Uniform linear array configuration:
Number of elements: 4
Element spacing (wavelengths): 1
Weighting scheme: exponential
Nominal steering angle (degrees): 45
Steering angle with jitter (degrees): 46.189
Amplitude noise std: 0.05
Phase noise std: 0.05

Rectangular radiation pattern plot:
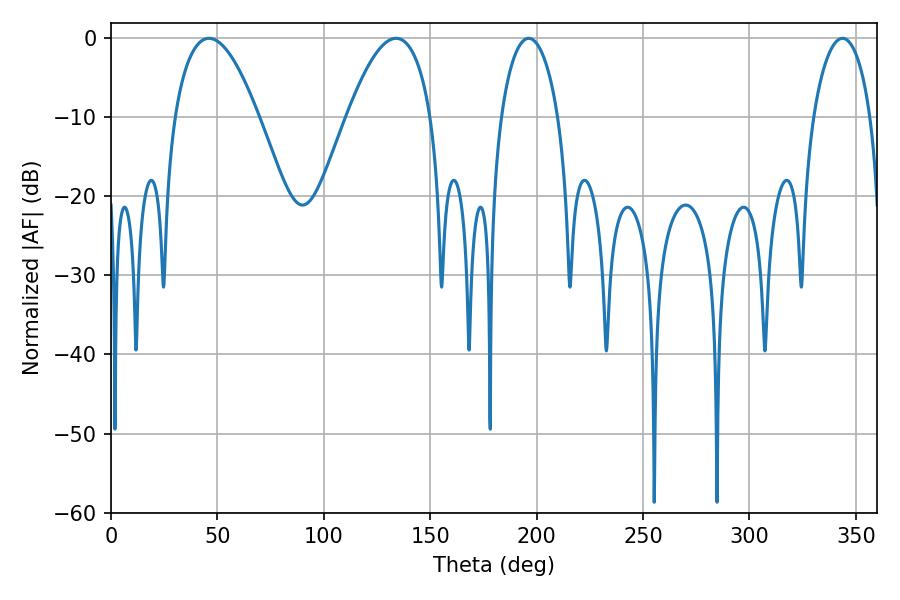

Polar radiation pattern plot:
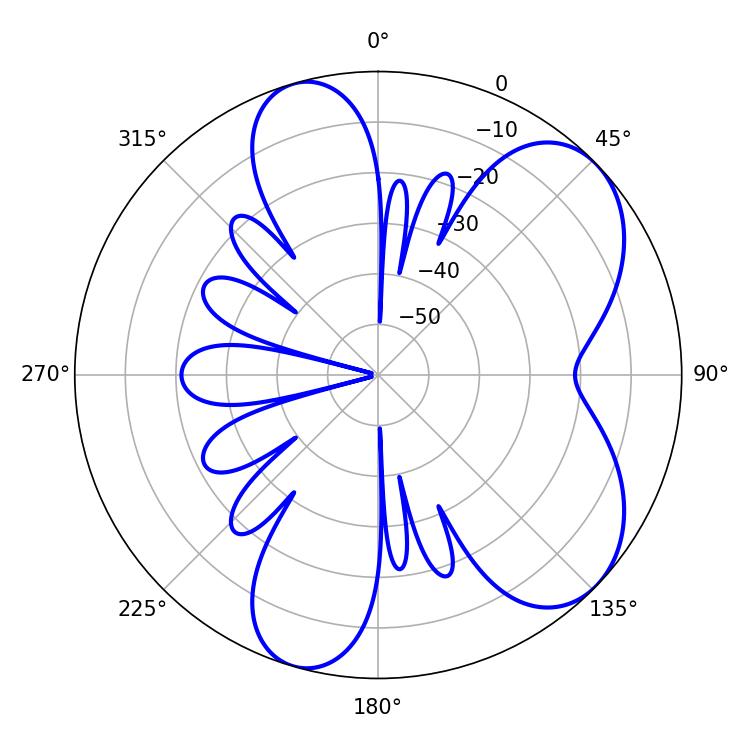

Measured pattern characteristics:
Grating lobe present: TRUE
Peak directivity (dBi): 6.583
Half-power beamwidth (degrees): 21.78
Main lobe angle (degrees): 46.08